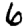
Digit: 6